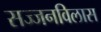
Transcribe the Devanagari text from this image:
सज्जनविलास